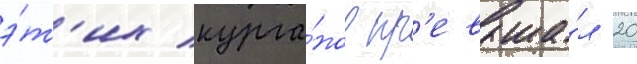
э́т'их курга́нов пр'евыша́л 20